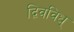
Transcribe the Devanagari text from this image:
द्विवविध्